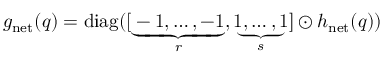
\begin{array} { r } { g _ { \mathrm { n e t } } ( q ) = \mathrm { d i a g } ( [ \underbrace { - 1 , \ldots , - 1 } _ { r } , \underbrace { 1 , \ldots , 1 } _ { s } ] \odot h _ { \mathrm { n e t } } ( q ) ) } \end{array}